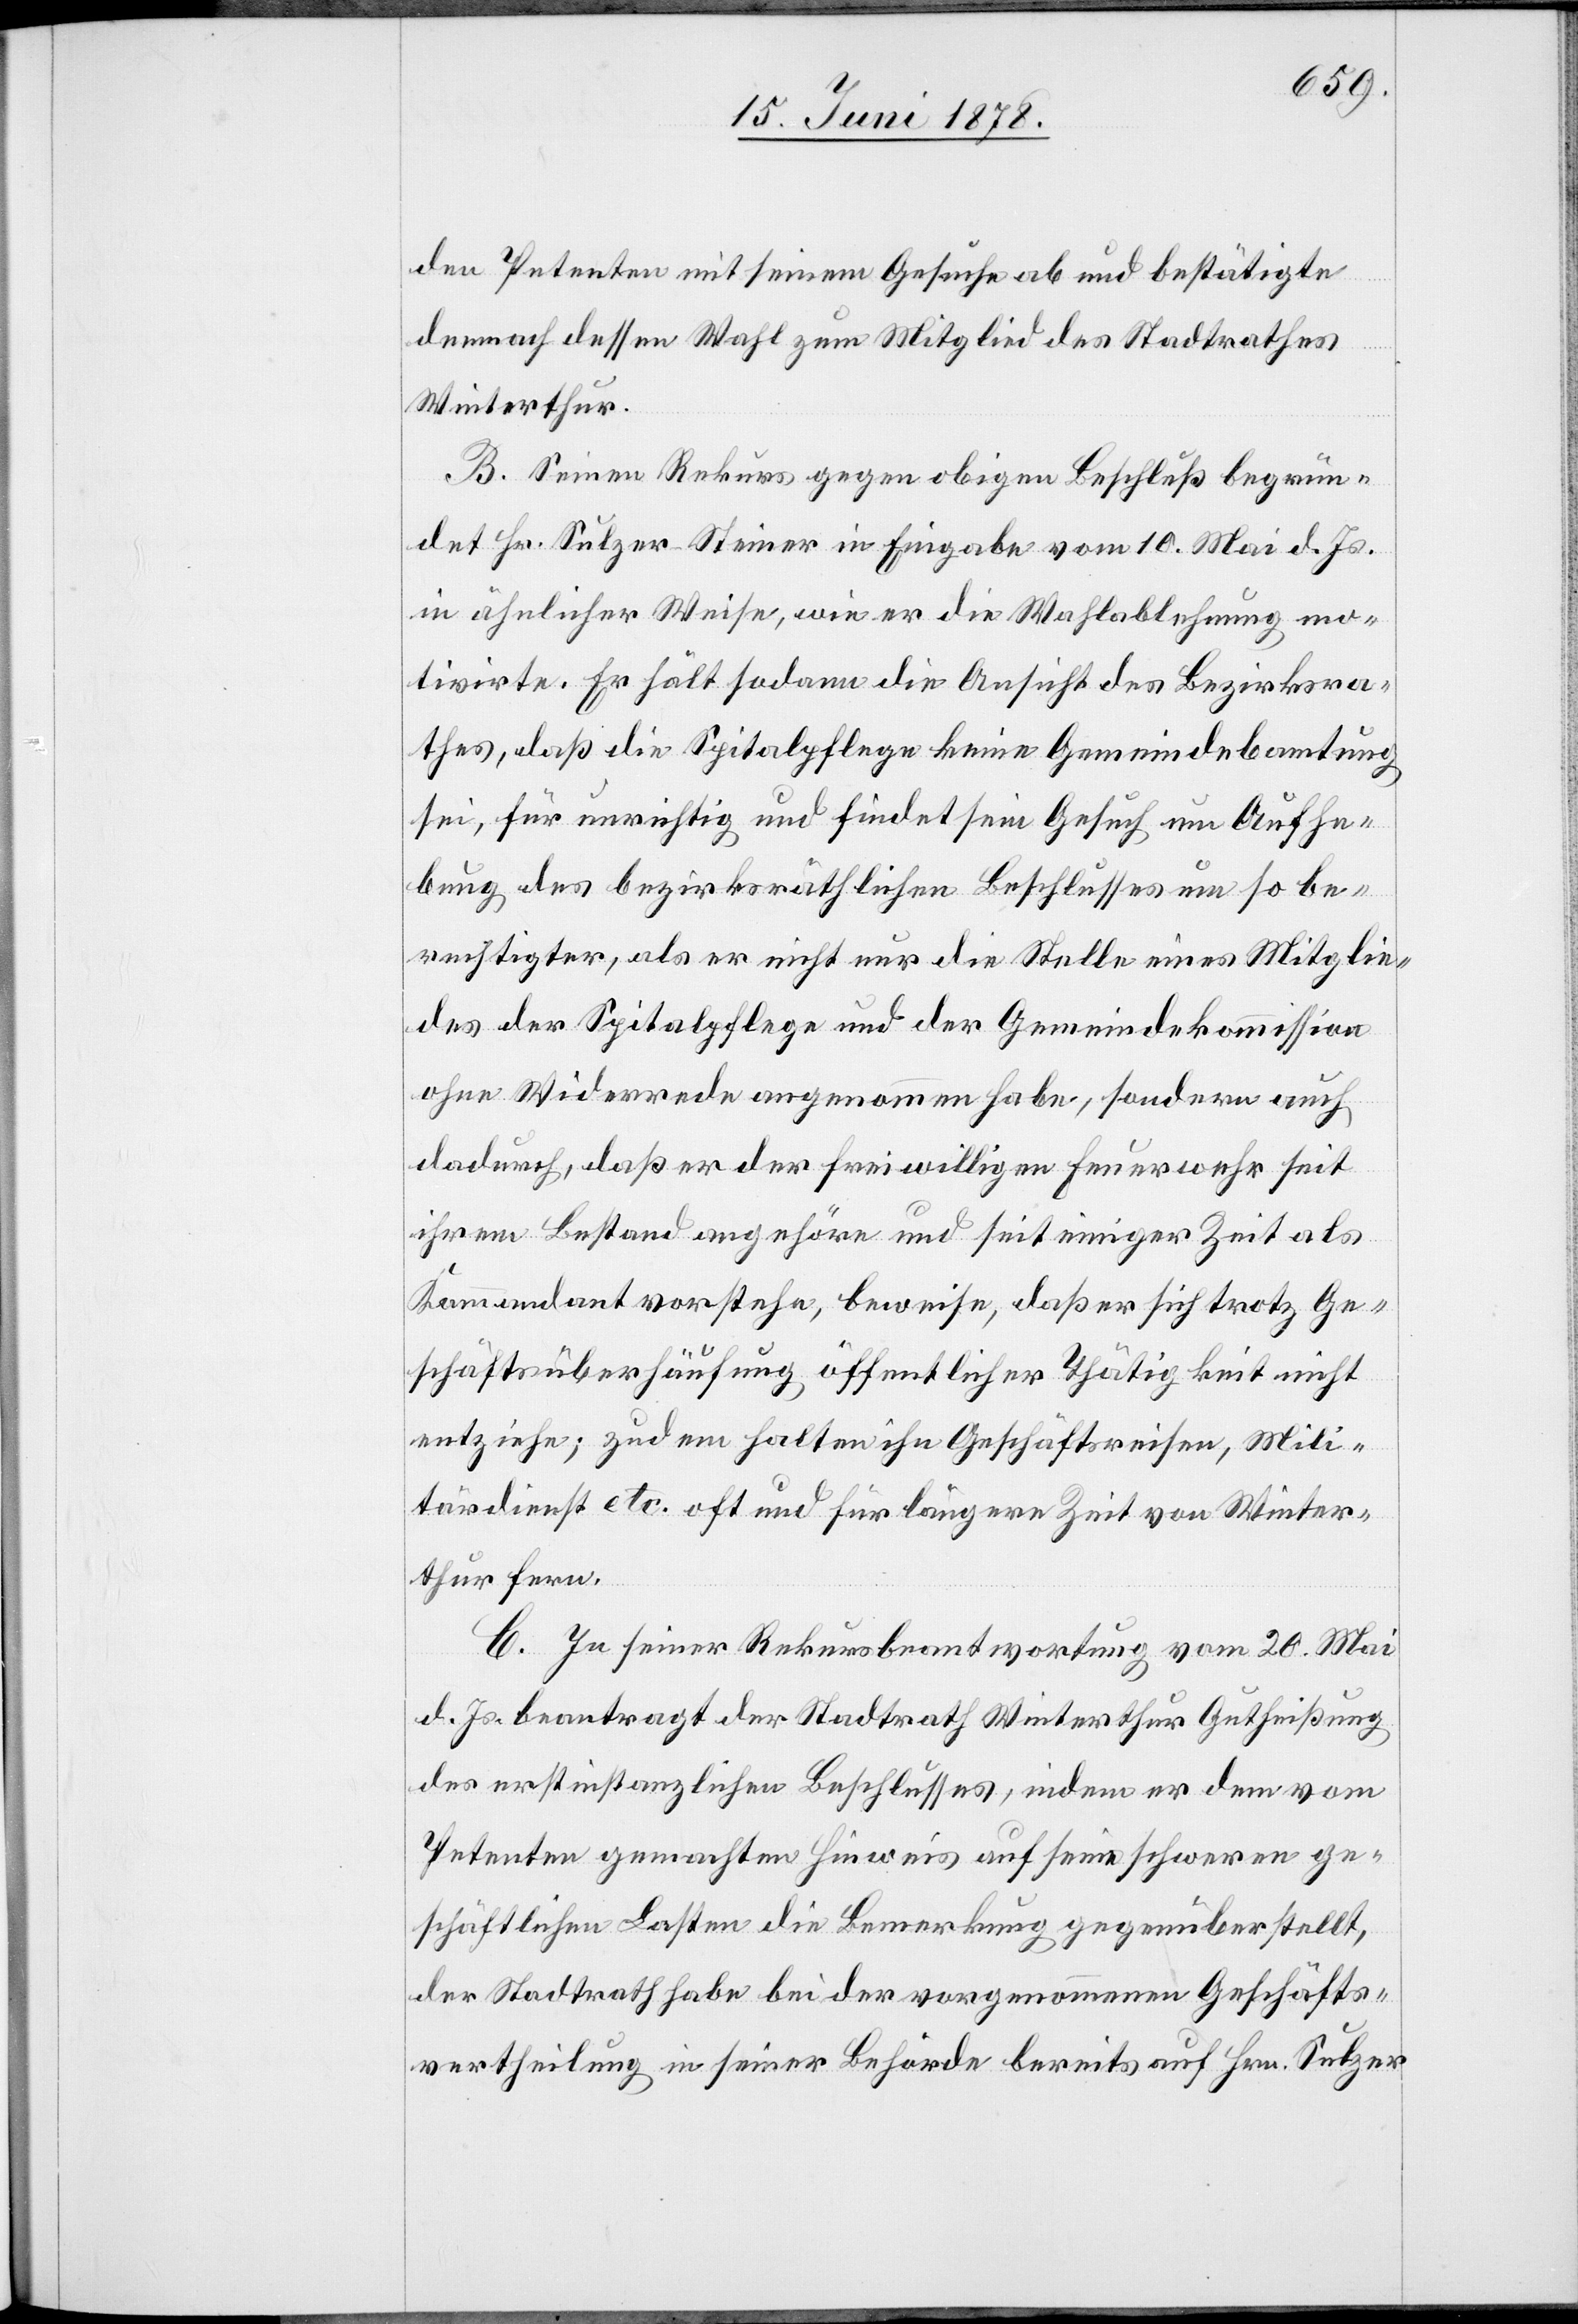
den Petenten mit seinem Gesuche ab und bestätigte
demnach dessen Wahl zum Mitglied des Stadtrathes
Winterthur.
B. Seinen Rekurs gegen obigen Beschluß begrün¬
det Hr. Sulzer-Steiner in Eingabe vom 10. Mai d. Js.
in ähnlicher Weise, wie er die Wahlablehnung mo¬
tivirte. Er hält sodann die Ansicht des Bezirksra¬
thes, daß die Spitalpflege keine Gemeindeb[e]amtung
sei, für unrichtig und findet sein Gesuch um Aufhe¬
bung des bezirksräthlichen Beschlusses um so be¬
rechtigter, als er nicht nur die Stelle eines Mitglie¬
des der Spitalpflege und der Gemeindekommission
ohne Widerrede angenommen habe, sondern auch
dadurch, daß er der freiwilligen Feuerwehr seit
ihrem Bestand angehöre und seit einiger Zeit als
Kommandant vorstehe, beweise, daß er sich trotz Ge¬
schäftsüberhäufung öffentlicher Thätigkeit nicht
entziehe; zudem halten ihn Geschäftsreisen, Mili¬
tärdienst etc. oft und für längere Zeit von Winter¬
thur fern.
C. In seiner Rekursbeantwortung vom 20. Mai
d. Js. beantragt der Stadtrath Winterthur Gutheißung
des erstinstanzlichen Beschlusses, indem er dem vom
Petenten gemachten Hinweis auf seine schweren ge¬
schäftlichen Lasten die Bemerkung gegenüberstellt,
der Stadtrath habe bei der vorgenommenen Geschäfts¬
vertheilung in seiner Behörde bereits auf Hrn. Sulzer